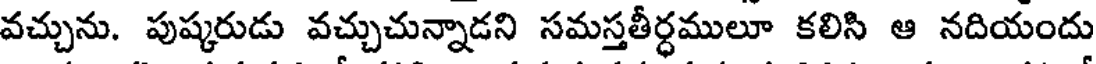
వచ్చును. పుష్కరుడు వచ్చుచున్నాడని సమస్తతీర్ధములూ కలిసి ఆ నదియందు